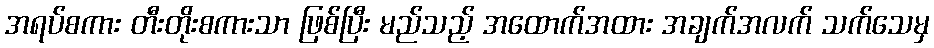
အရပ်စကား တီးတိုးစကားသာ ဖြစ်ပြီး မည်သည့် အထောက်အထား အချက်အလက် သက်သေမှ